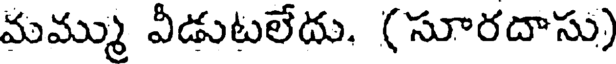
మమ్ము వీడుటలేదు. (సూరదాసు)